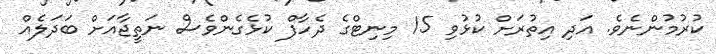
ކުރުމުންނެވެ. އަދި އިތުރަށް ކުޅުވި 15 މިނިޓްގެ ދެހާފް ކުޅެގެންވެސް ނަތީޖާއަށް ބަދަލެއް